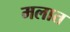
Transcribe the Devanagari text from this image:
मलात